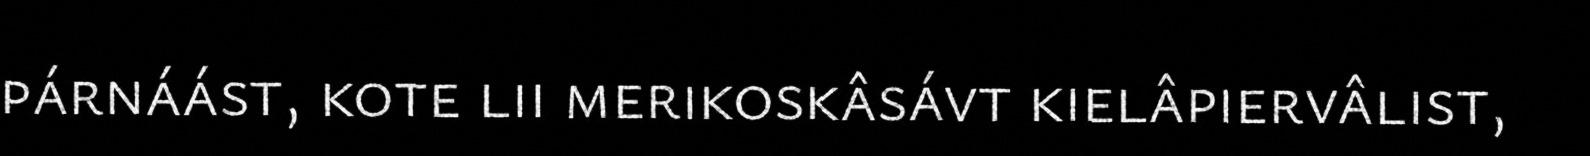
párnáást, kote lii merikoskâsávt kielâpiervâlist,